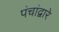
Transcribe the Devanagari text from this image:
पंचांद्वारे